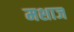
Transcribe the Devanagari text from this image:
मशाज